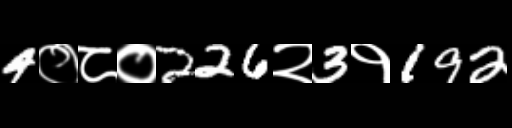
Text: 4०८०226२3१192